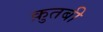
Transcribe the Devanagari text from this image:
क़ुतबी